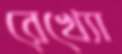
রেখ্যো